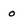
Character: 0